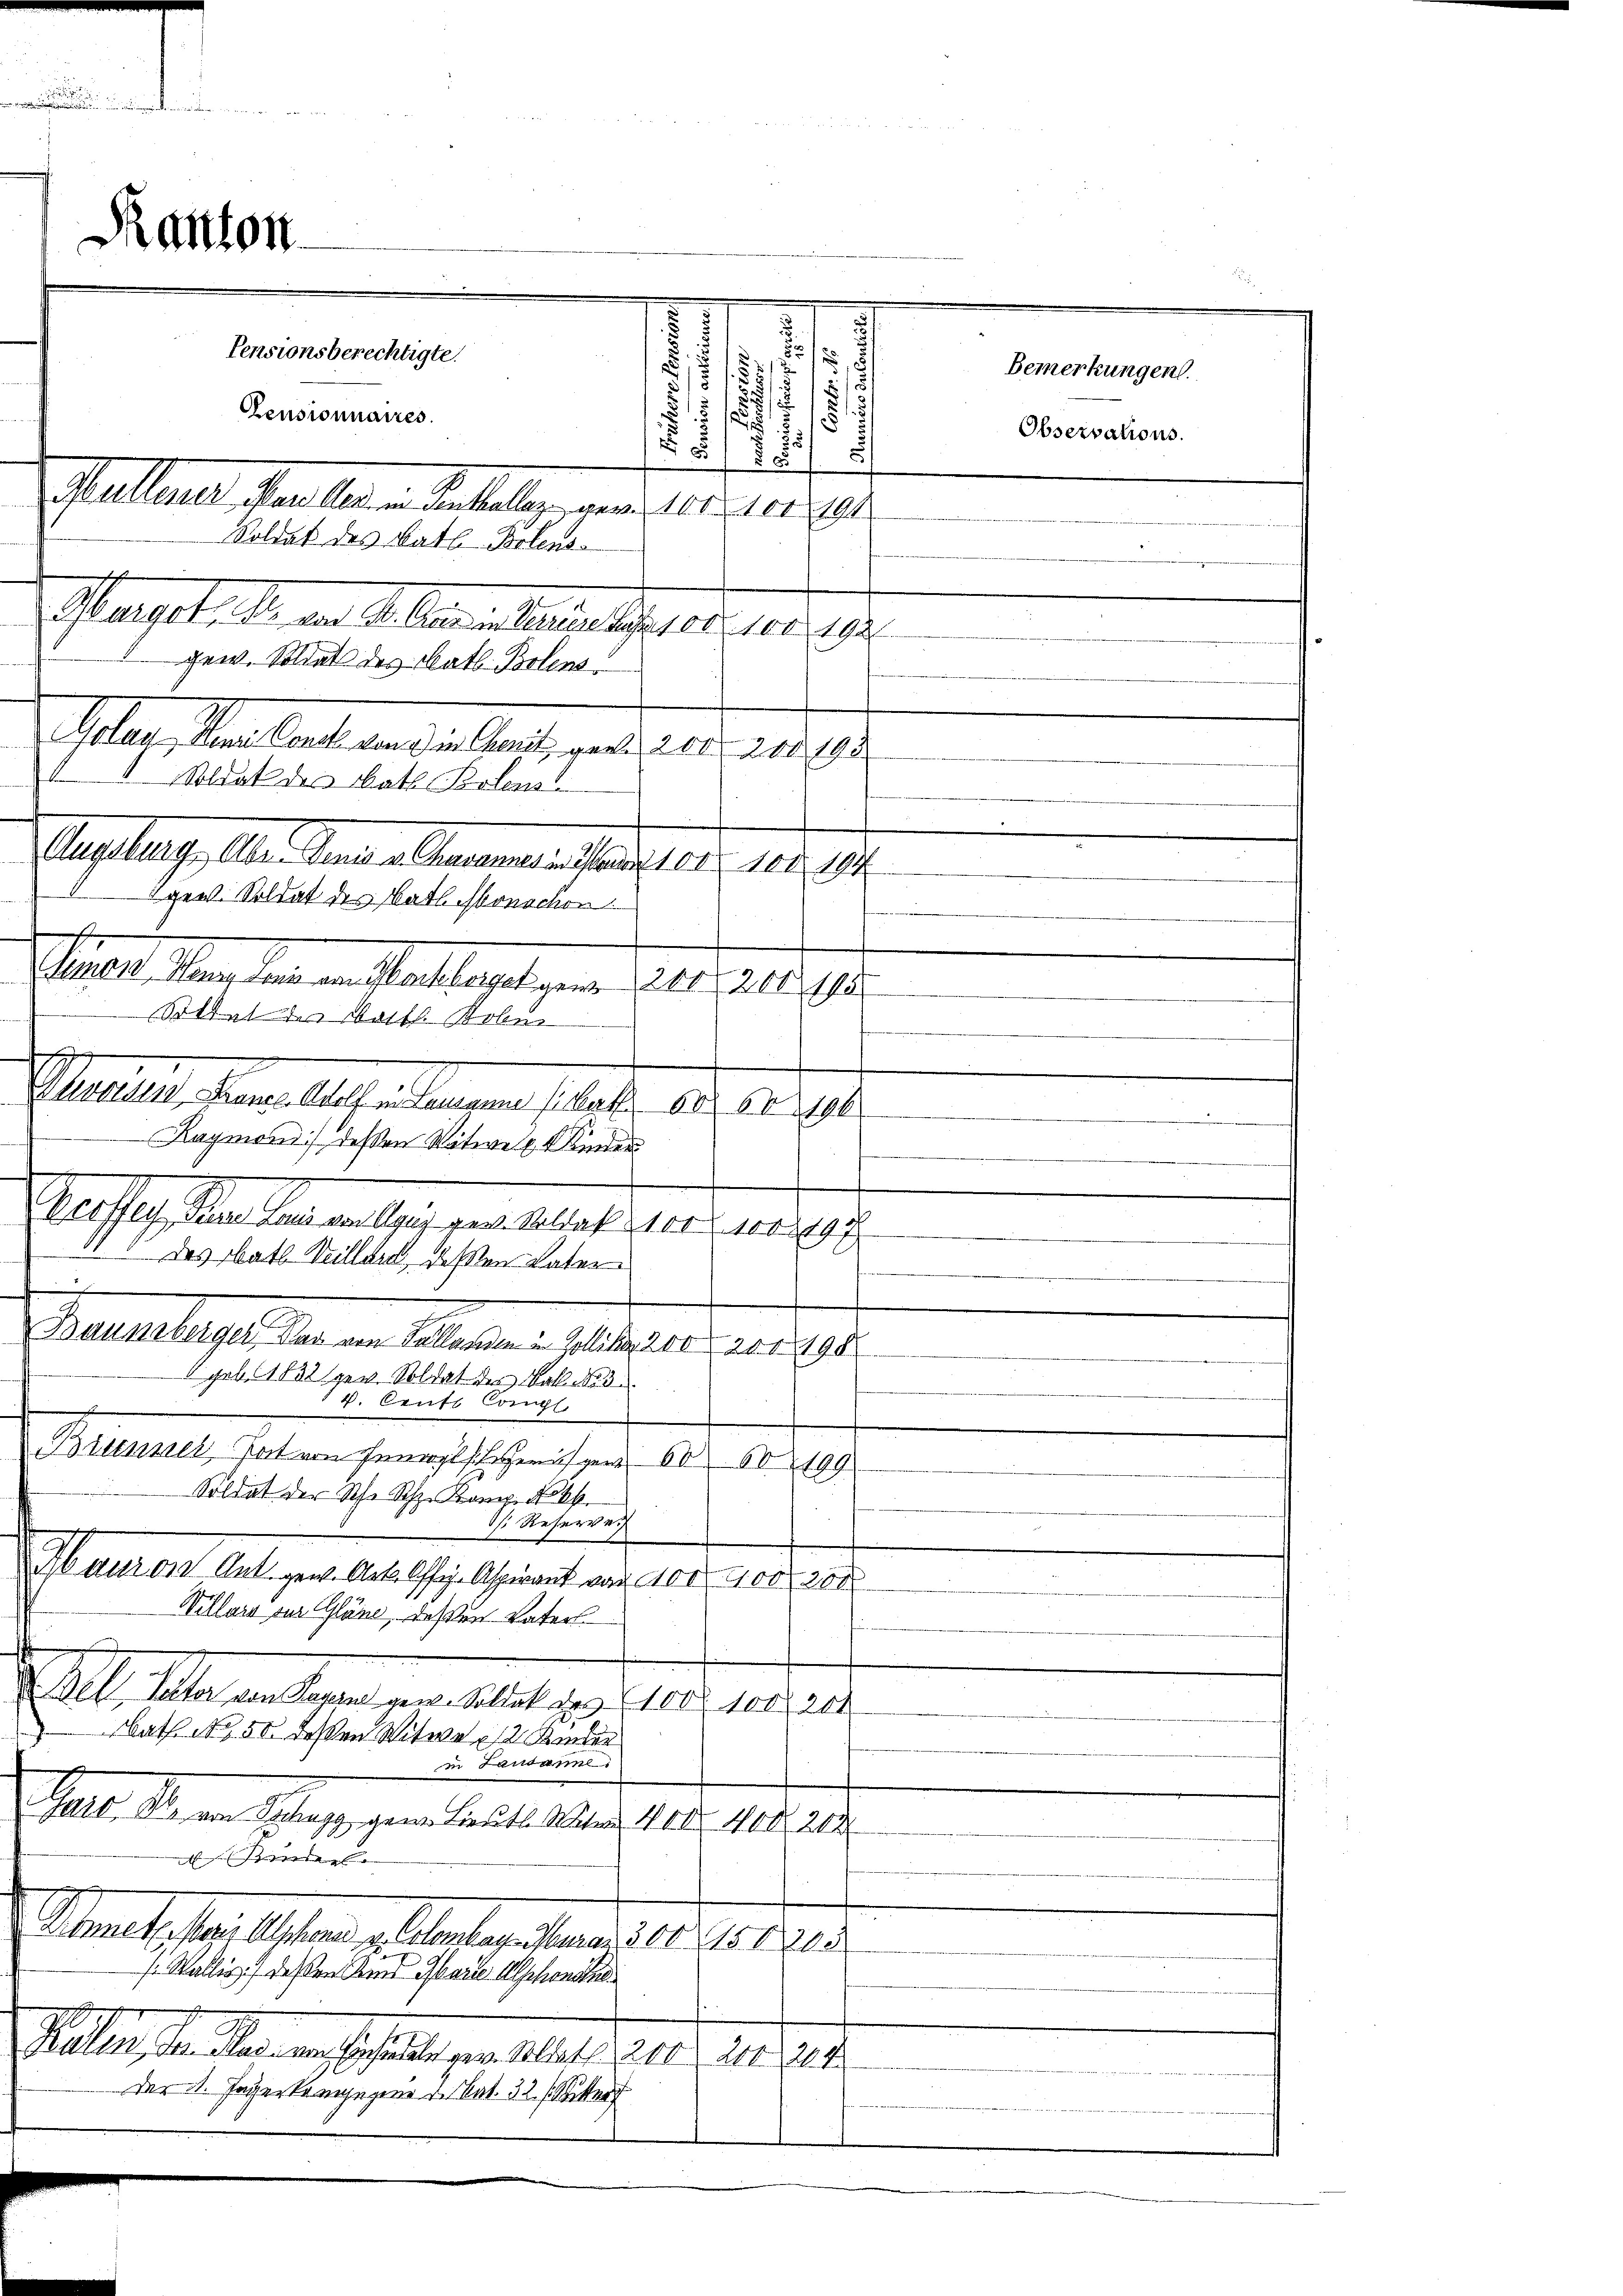
.

25

1
s
.
d
2
5)
Pensionsberechtigte.
2
Bemerkungen.
s
1
i
.
Censionnaires.

Observations.

12
Mallener, Paulinen Interlag, von 100. 1014
Soldat des Rath Brlens-
Mael. M. das Allen den spese. 1882
gew. Soldat des Math. Bolens
4
Golan, dann Conto von die Chait, worden 2000. 100193
Augsburg, Aber Senio v. Charannes in Marie 100. 100. 194
Simon, Waag Lois von Sachborget gew. 200. 200, 195
. N. 1196
Raymond) dessen Witwe Kinder
Berthey Ferne Land willgut gen. Soldat vor 100297
das Rats Villand, deßen Vater
.
Baunsberger Dir von Sallanden in Zollika 200, 20 + 198
5 geb. 1832 zur Soldat der Fall No 3
v. Cruft Congl
Bitenner hat von Feuerpflegen 60. 60199
Soldat der Sch. Sch. Komp. No 44.
s. Reserver
Mauren Ant. gew. Art. Offi- Aspirant von 100. 400. 208
Villars vor Gläne deßen Vaters.
d. Bell Peter von Paran gew. Soldat des 100. 100. 204
bath 1850 deßen Witwe 12 Kinder
in Landame.
Garo, der von Schagg, genen Lieut. Mater 400. 408. 202.
Bie
Staat, hat. Alter Antrag dann 19. d. 1813.
f. Wallis, deßen Kind Garte Abschenden
Ballen den den anstalt erstellte er 10. M
224
Der 1. Jägerkangegene v. Nat. 32. (Sitter

Soldat des Rath Belem
gen. Soldat des Kath. Monochen
x

Kanton

Sittelter Watt Rober
Mutter, dann auch denen Plater a

.
.
dinne ist ge
.
.